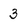
Character: 3